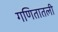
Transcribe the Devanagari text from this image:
गणितातली